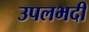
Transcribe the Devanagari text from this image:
उपलभदी